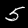
Label: 5